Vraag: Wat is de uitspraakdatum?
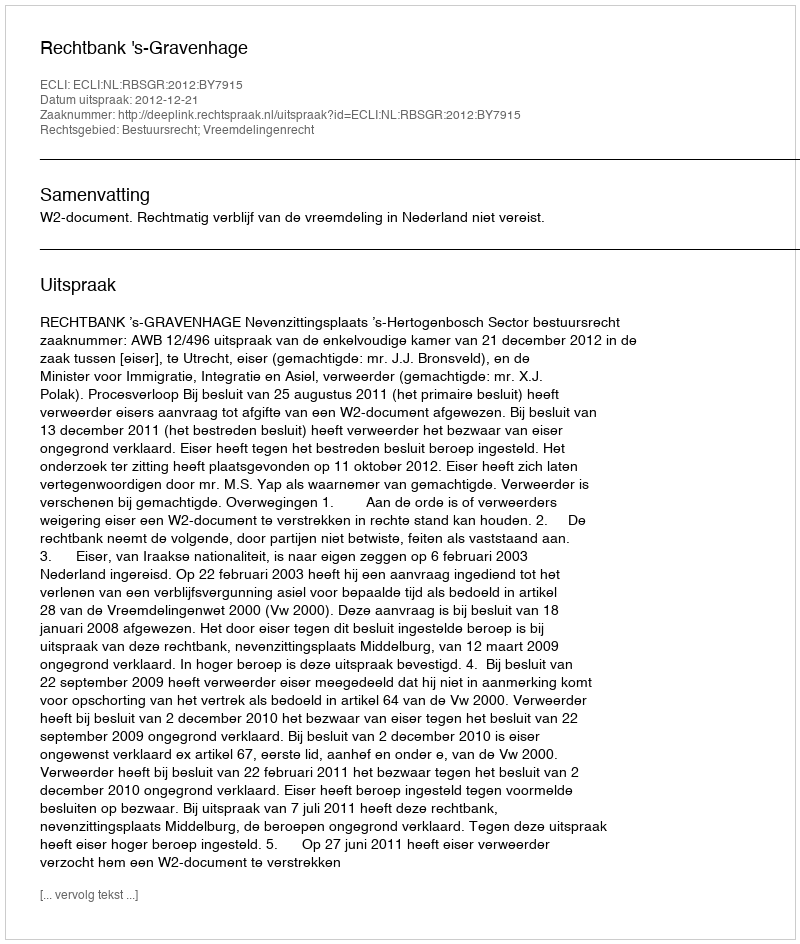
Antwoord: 2012-12-21